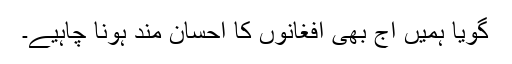
گویا ہمیں آج بھی افغانوں کا احسان مند ہونا چاہیے۔